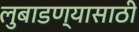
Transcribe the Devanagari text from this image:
लुबाडण्यासाठी